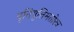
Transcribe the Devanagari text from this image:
वृत्तिवृत्तिमतोरत्र